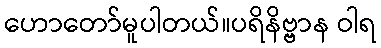
ဟောတော်မူပါတယ်။ပရိနိဗ္ဗာန ဝါရ